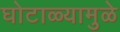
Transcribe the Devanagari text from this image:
घोटाळ्यामुळे